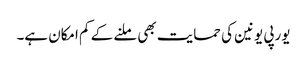
یورپی یونین کی حمایت بھی ملنے کے کم امکان ہے۔